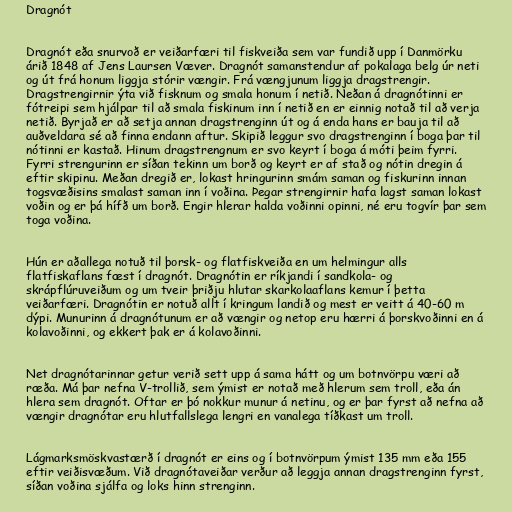
Dragnót

Dragnót eða snurvoð er veiðarfæri til fiskveiða sem var fundið upp í Danmörku
árið 1848 af Jens Laursen Væver. Dragnót samanstendur af pokalaga belg úr neti
og út frá honum liggja stórir vængir. Frá vængjunum liggja dragstrengir.
Dragstrengirnir ýta við fisknum og smala honum í netið. Neðan á dragnótinni er
fótreipi sem hjálpar til að smala fiskinum inn í netið en er einnig notað til að verja
netið. Byrjað er að setja annan dragstrenginn út og á enda hans er bauja til að
auðveldara sé að finna endann aftur. Skipið leggur svo dragstrenginn í boga þar til
nótinni er kastað. Hinum dragstrengnum er svo keyrt í boga á móti þeim fyrri.
Fyrri strengurinn er síðan tekinn um borð og keyrt er af stað og nótin dregin á
eftir skipinu. Meðan dregið er, lokast hringurinn smám saman og fiskurinn innan
togsvæðisins smalast saman inn í voðina. Þegar strengirnir hafa lagst saman lokast
voðin og er þá hífð um borð. Engir hlerar halda voðinni opinni, né eru togvír þar sem
toga voðina.

Hún er aðallega notuð til þorsk- og flatfiskveiða en um helmingur alls
flatfiskaflans fæst í dragnót. Dragnótin er ríkjandi í sandkola- og
skrápflúruveiðum og um tveir þriðju hlutar skarkolaaflans kemur í þetta
veiðarfæri. Dragnótin er notuð allt í kringum landið og mest er veitt á 40-60 m
dýpi. Munurinn á dragnótunum er að vængir og netop eru hærri á þorskvoðinni en á
kolavoðinni, og ekkert þak er á kolavoðinni.

Net dragnótarinnar getur verið sett upp á sama hátt og um botnvörpu væri að
ræða. Má þar nefna V-trollið, sem ýmist er notað með hlerum sem troll, eða án
hlera sem dragnót. Oftar er þó nokkur munur á netinu, og er þar fyrst að nefna að
vængir dragnótar eru hlutfallslega lengri en vanalega tíðkast um troll.

Lágmarksmöskvastærð í dragnót er eins og í botnvörpum ýmist 135 mm eða 155
eftir veiðisvæðum. Við dragnótaveiðar verður að leggja annan dragstrenginn fyrst,
síðan voðina sjálfa og loks hinn strenginn.